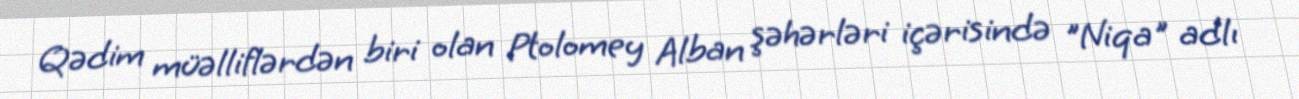
Qədim müəlliflərdən biri olan Ptolomey Alban şəhərləri içərisində "Niqa" adlı